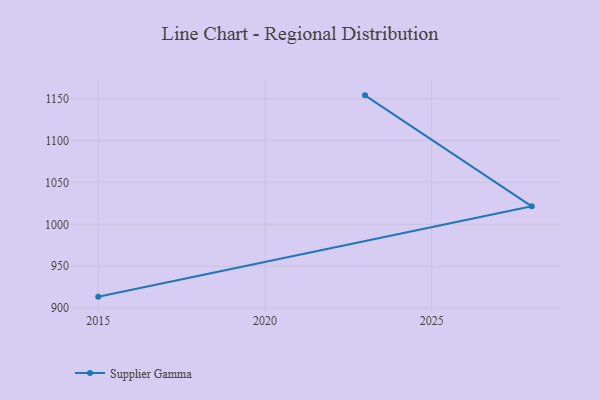
{"axis": {"x": "Year", "y": "Active Users"}, "legend": ["Supplier Gamma"], "data": [{"x": "2023", "y": 1154.0, "type": "Supplier Gamma"}, {"x": "2028", "y": 1021.5, "type": "Supplier Gamma"}, {"x": "2015", "y": 913.6, "type": "Supplier Gamma"}]}